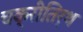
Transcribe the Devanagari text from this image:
चक्रीतिर्थ